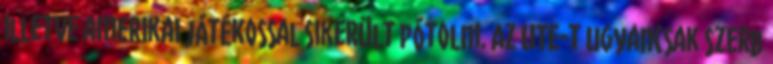
illetve amerikai játékossal sikerült pótolni. Az UTE-t ugyancsak szerb